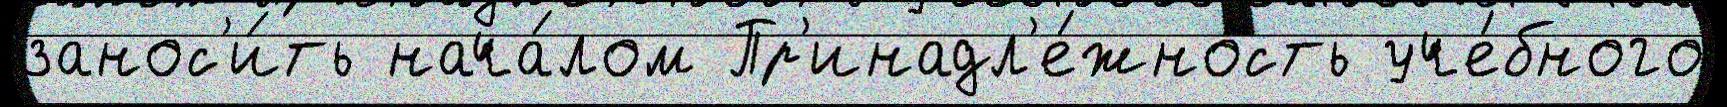
занос'и́ть нача́лом Пр'инадл'е́жность уче́бного